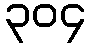
၃၀၄